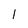
Character: 1